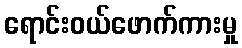
ရောင်းဝယ်ဖောက်ကားမှု